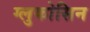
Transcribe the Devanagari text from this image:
ग्लुकोसिन